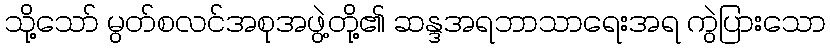
သို့သော် မွတ်စလင်အစုအဖွဲ့တို့၏ ဆန္ဒအရဘာသာရေးအရ ကွဲပြားသော